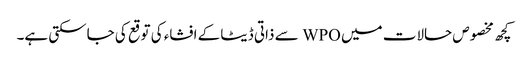
کچھ مخصوص حالات میں WPO سے ذاتی ڈیٹا کے افشاء کی توقع کی جاسکتی ہے۔